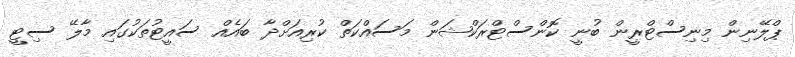
ޕްލޭނިން މިނިސްޓްރީން ބުނީ ކޮންސްޓްރަކްޝަން މަސައްކަތް ކުރިއަށްދާ ބައެއް ސައީޓުތަކުގައި މާލޭ ސިޓީ